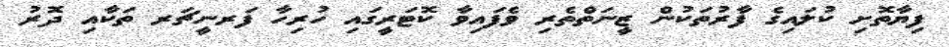
ފިޔާތޮށި ކުލައިގެ ފާރުތަކުން ޒީނަތްތެރި ވެފައިވާ ކޮޓަރީގައި ހުރިހާ ފަރނީޗަރ ތަކާއި ދޮރު